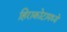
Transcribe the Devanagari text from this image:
हिराकोटामध्ये